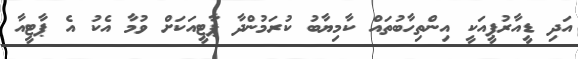
އަދި ޑީއާރުޕީއަކީ އިންތިހާބުތައް ކާމިޔާބު ކުރަމުންދާ ޕާޓީއަކަށް ވުމާ އެކު އެ ޕާޓީއާ